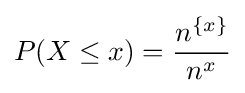
P(X\leq x)={\frac {n^{\{x\}}}{n^{x}}}